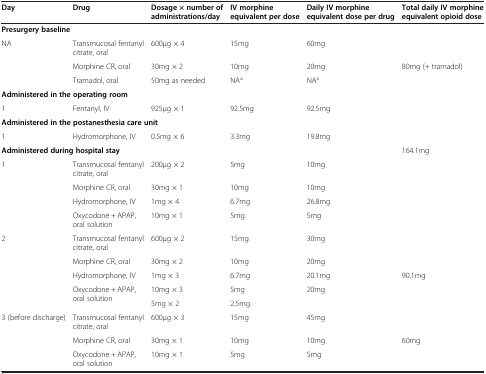
<table><thead><tr><td><b>Day</b></td><td><b>Drug</b></td><td><b>Dosage × number of administrations/day</b></td><td><b>IV morphine equivalent per dose</b></td><td><b>Daily IV morphine equivalent dose per drug</b></td><td><b>Total daily IV morphine equivalent opioid dose</b></td></tr></thead><tbody><tr><td colspan="5"><b>Presurgery baseline</b></td><td>[EMPTY_CELL]</td></tr><tr><td rowspan="3">NA</td><td>Transmucosal fentanyl citrate, oral</td><td>600μg × 4</td><td>15mg</td><td>60mg</td><td>[EMPTY_CELL]</td></tr><tr><td>Morphine CR, oral</td><td>30mg × 2</td><td>10mg</td><td>20mg</td><td>80mg (+ tramadol)</td></tr><tr><td>Tramadol, oral</td><td>50mg as needed</td><td>NA<sup>a</sup></td><td>NA<sup>a</sup></td><td>[EMPTY_CELL]</td></tr><tr><td colspan="5"><b>Administered in the operating room</b></td><td>[EMPTY_CELL]</td></tr><tr><td>1</td><td>Fentanyl, IV</td><td>925μg × 1</td><td>92.5mg</td><td>92.5mg</td><td>[EMPTY_CELL]</td></tr><tr><td colspan="5"><b>Administered in the postanesthesia care unit</b></td><td>[EMPTY_CELL]</td></tr><tr><td>1</td><td>Hydromorphone, IV</td><td>0.5mg × 6</td><td>3.3mg</td><td>19.8mg</td><td>[EMPTY_CELL]</td></tr><tr><td colspan="5"><b>Administered during hospital stay</b></td><td rowspan="5">164.1mg</td></tr><tr><td rowspan="4">1</td><td>Transmucosal fentanyl citrate, oral</td><td>200μg × 2</td><td>5mg</td><td>10mg</td></tr><tr><td>Morphine CR, oral</td><td>30mg × 1</td><td>10mg</td><td>10mg</td></tr><tr><td>Hydromorphone, IV</td><td>1mg × 4</td><td>6.7mg</td><td>26.8mg</td></tr><tr><td>Oxycodone + APAP, oral solution</td><td>10mg × 1</td><td>5mg</td><td>5mg</td></tr><tr><td rowspan="5">2</td><td>Transmucosal fentanyl citrate, oral</td><td>600μg × 2</td><td>15mg</td><td>30mg</td><td>[EMPTY_CELL]</td></tr><tr><td>Morphine CR, oral</td><td>30mg × 2</td><td>10mg</td><td>20mg</td><td>[EMPTY_CELL]</td></tr><tr><td>Hydromorphone, IV</td><td>1mg × 3</td><td>6.7mg</td><td>20.1mg</td><td rowspan="3">90.1mg</td></tr><tr><td rowspan="2">Oxycodone + APAP, oral solution</td><td>10mg × 3</td><td>5mg</td><td rowspan="2">20mg</td></tr><tr><td>5mg × 2</td><td>2.5mg</td></tr><tr><td rowspan="3">3 (before discharge)</td><td>Transmucosal fentanyl citrate, oral</td><td>600μg × 3</td><td>15mg</td><td>45mg</td><td>[EMPTY_CELL]</td></tr><tr><td>Morphine CR, oral</td><td>30mg × 1</td><td>10mg</td><td>10mg</td><td rowspan="2">60mg</td></tr><tr><td>Oxycodone + APAP, oral solution</td><td>10mg × 1</td><td>5mg</td><td>5mg</td></tr></tbody></table>